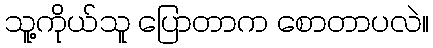
သူ့ကိုယ်သူ ပြောတာက စောတာပလဲ။